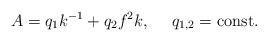
LaTeX: \begin{align*}A= q_1 k^{-1} + q_2 f^2 k , \ \ \ \ q_{1, 2} ={\rm const} . \end{align*}